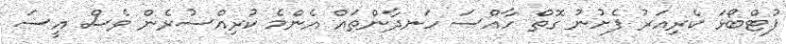
ފުޓްބޯޅަ ކެރިއަރު ފެށުނު ގޮތް ހާއްސަ ހަނދާންތައް އެންމެ ކުރިއްސުރެން ވެސް އީސަ